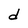
Character: d